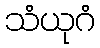
သံယုဂံ